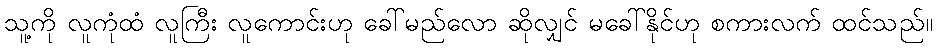
သူ့ကို လူကုံထံ လူကြီး လူကောင်းဟု ခေါ်မည်လော ဆိုလျှင် မခေါ်နိုင်ဟု စကားလက် ထင်သည်။